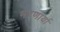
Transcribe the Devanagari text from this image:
भरणार्या